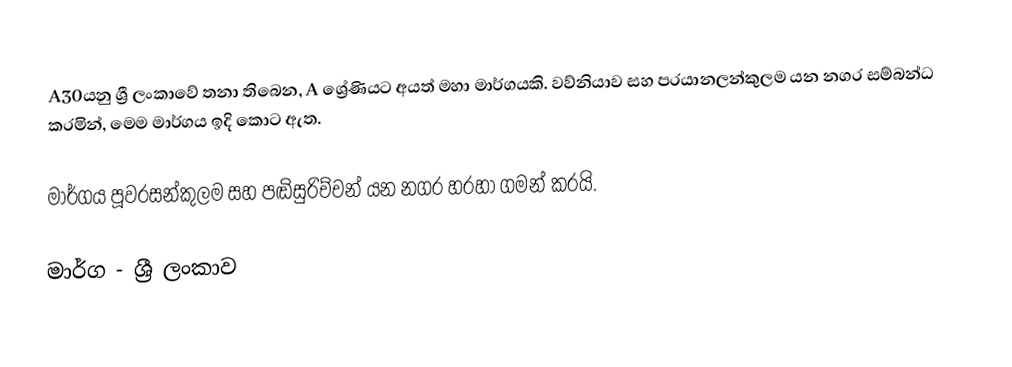
A30යනු ශ්‍රී ලංකාවේ තනා තිබෙන, A ශ්‍රේණියට අයත් මහා මාර්ගයකි. වව්නියාව සහ පරයානලන්කුලම යන නගර සම්බන්ධ කරමින්, මෙම මාර්ගය ඉදි කොට ඇත.

මාර්ගය පූවරසන්කුලම සහ පඬිසුරිච්චන් යන නගර හරහා ගමන් කරයි.

මාර්ග - ශ්‍රී ලංකාව